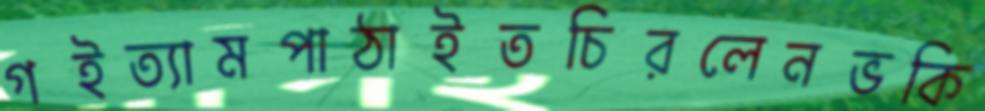
গইত্যামপাঠাইতচিরলেনভকি